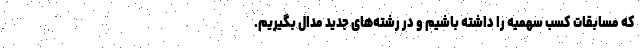
که مسابقات کسب سهمیه را داشته باشیم و در رشته‌های جدید مدال بگیریم.